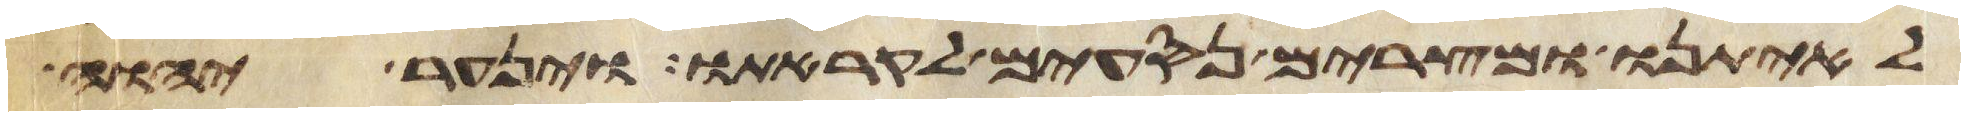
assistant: לאיתנו ומצרים נסעים לקראתו וינער יהוה